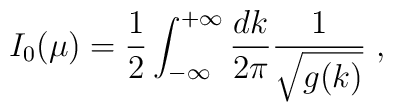
I_0(\mu)={1\over 2} \int_{-\infty}^{+\infty} \frac {dk} {2 \pi} \frac {1}{\sqrt{g(k)}} \; ,